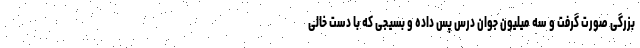
بزرگی صورت گرفت و سه میلیون جوان درس پَس داده و بسیجی که با دست خالی